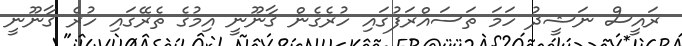
ރައީސް ނަޝީދު ހަމަ ތަސައްރަފުގައި ހުރެގެން ޤާނޫނީ އިމުގެ ތެރޭގައި ހުރެ ޤާނޫނީ